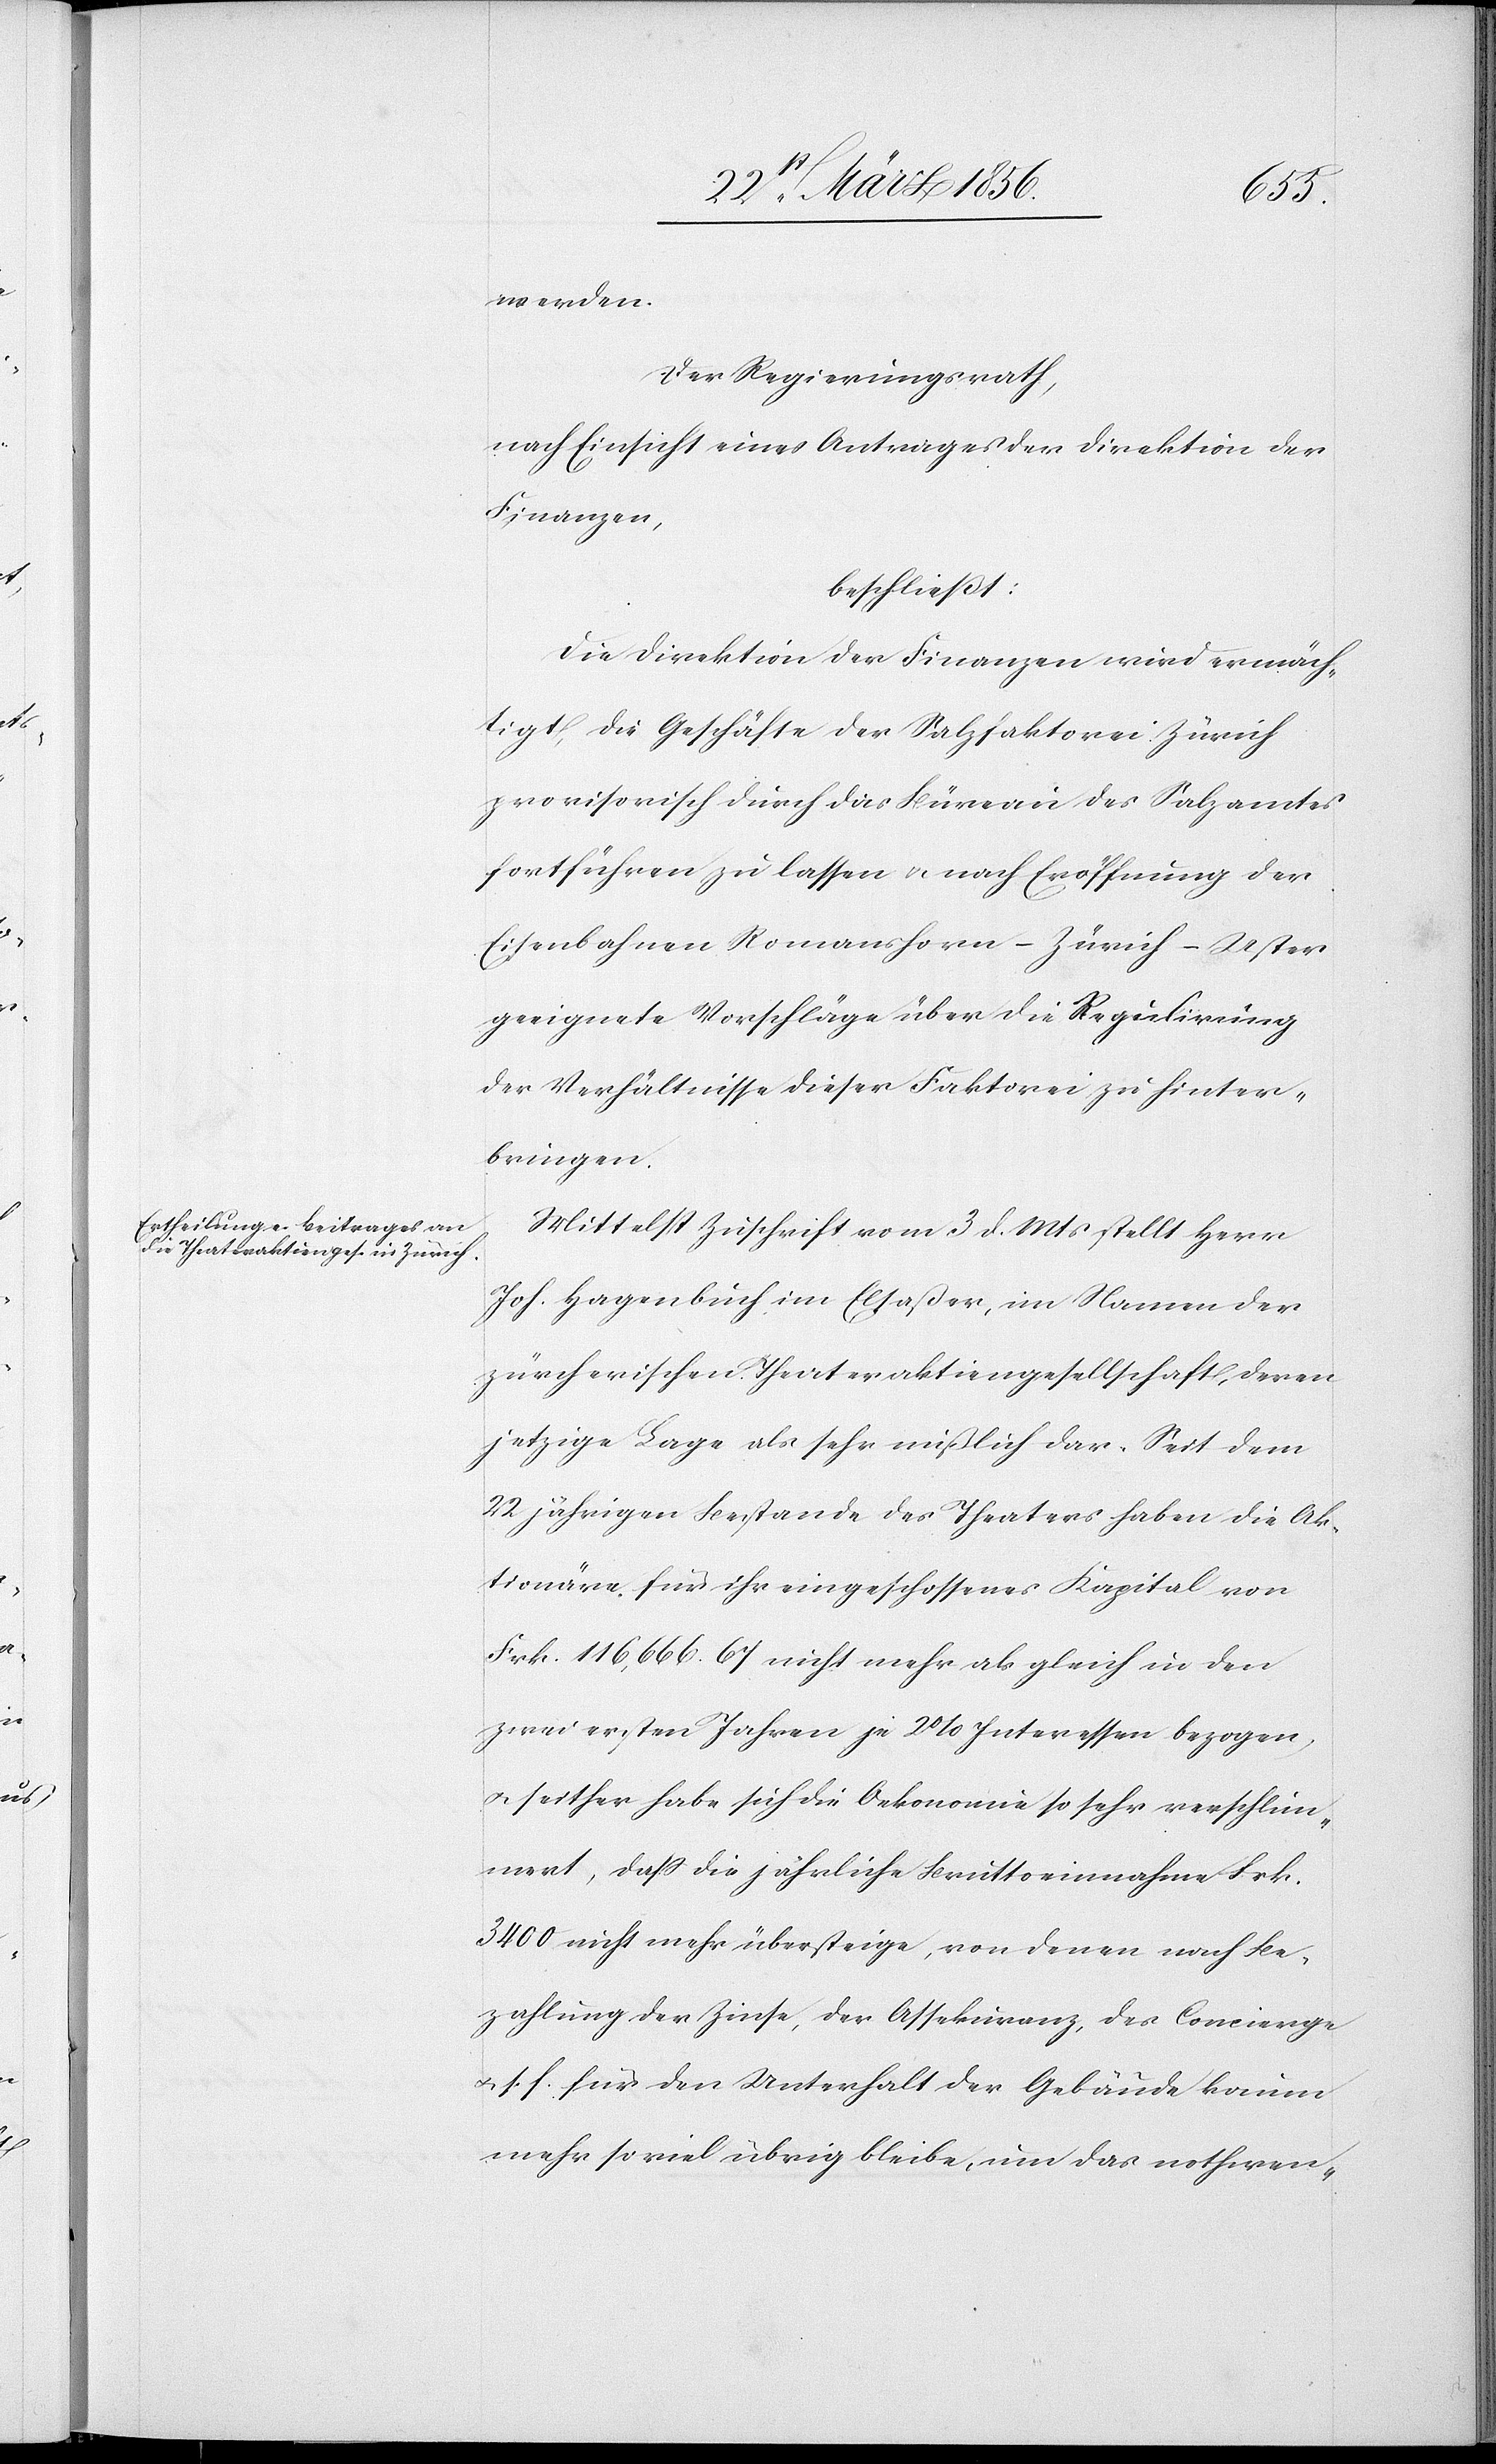
werden.
Der Regierungsrath,
nach Einsicht eines Antrages der Direktion der
Finanzen,
beschließt:
Die Direktion der Finanzen wird ermäch¬
tigt, die Geschäfte der Salzfaktorei Zürich
provisorisch durch das Büreau des Salzamtes
fortführen zu lassen u. nach Eröffnung der
Eisenbahnen Romanshorn – Zürich – Uster
geeignete Vorschläge über die Regulirung
der Verhältnisse dieser Faktorei zu hinter¬
bringen.
Mittelst Zuschrift vom 3 d. Mts stellt Herr
Joh. Hagenbuch im Elsaßer, im Namen der
zürcherischen Theateraktiengesellschaft, deren
jetzige Lage als sehr mißlich dar. Seit dem
22 jährigen Bestande des Theaters haben die Ak¬
tionäre für ihr eingeschossenes Kapital von
Frk. 116,666. 67 nicht mehr als gleich in den
zwei ersten Jahren je 2% Interessen bezogen,
u. seither habe sich die Oekonomie so sehr verschlim¬
mert, daß die jährliche Bruttoeinnahme Frk.
3400 nicht mehr übersteige, von denen nach Be¬
zahlung der Zinse, der Assekuranz, des Concierge
u. s. f. für den Unterhalt der Gebäude kaum
mehr so viel übrig bleibe, um das nothwen-